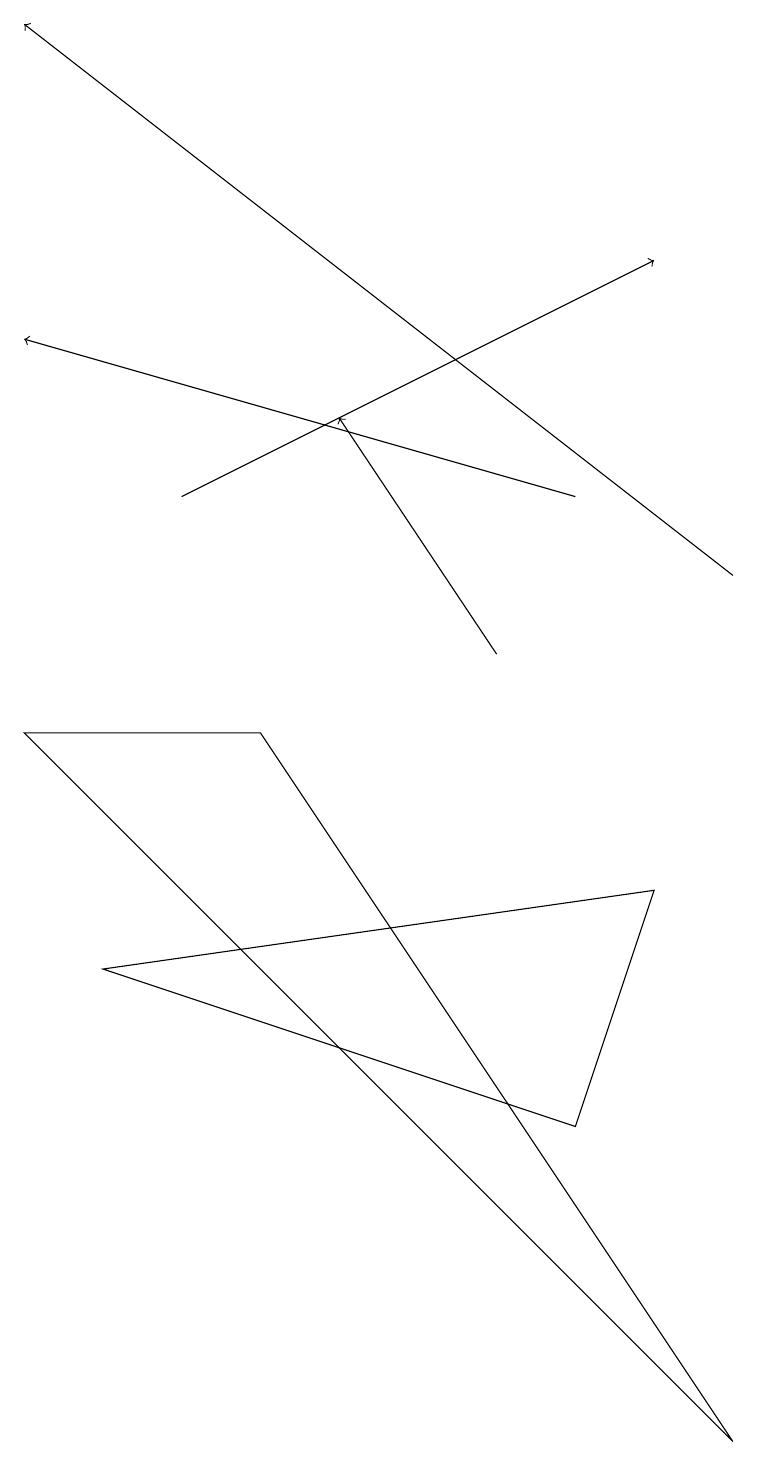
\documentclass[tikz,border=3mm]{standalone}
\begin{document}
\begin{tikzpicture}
\draw[->] (7,12) -- (0,14);
\draw[->] (9,11) -- (0,18);
\draw (8,7) -- (1,6) -- (7,4) -- cycle;
\draw[->] (6,10) -- (4,13);
\draw[->] (2,12) -- (8,15);
\draw (9,0) -- (0,9) -- (3,9) -- cycle;
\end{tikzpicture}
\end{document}